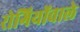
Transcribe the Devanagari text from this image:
रोगियोंवाले